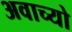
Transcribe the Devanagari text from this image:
अवाच्यो